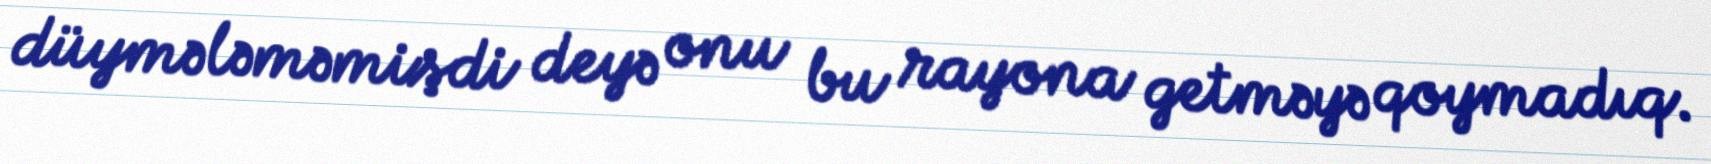
düymələməmişdi deyə onu bu rayona getməyə qoymadıq.